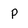
Character: p